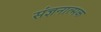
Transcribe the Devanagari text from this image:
संज्ञनात्मक